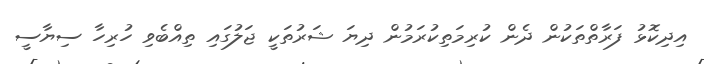
އިދިކޮޅު ފަރާތްތަކުން ދެން ކުރިމަތިކުރަމުން ދިޔަ ޝަރުތަކީ ޖަލުގައި ތިއްބެވި ހުރިހާ ސިޔާސީ